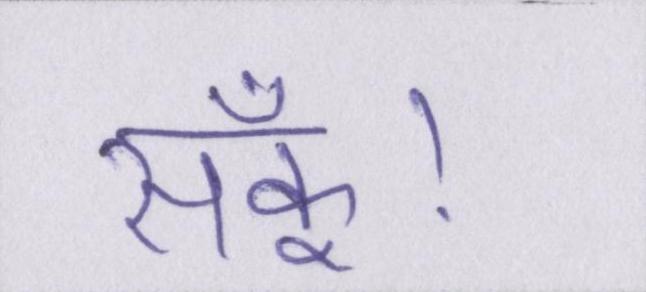
सकूँ।